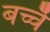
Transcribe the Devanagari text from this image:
बच्चेँ